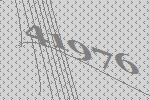
41976